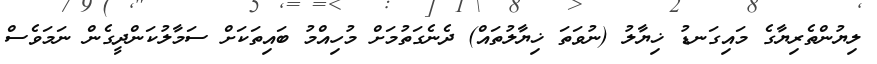
ލިޔުންތެރިޔާގެ މައިގަނޑު ޚިޔާލު (ނުވަތަ ޚިޔާލުތައް) ދެނެގަތުމަށް މުހިއްމު ބައިތަކަށް ސަމާލުކަންދީގެން ނަމަވެސް